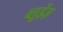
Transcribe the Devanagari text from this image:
ब्लूड़ेंज़